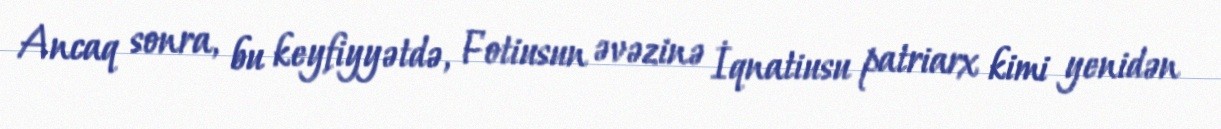
Ancaq sonra, bu keyfiyyətdə, Fotiusun əvəzinə İqnatiusu patriarx kimi yenidən